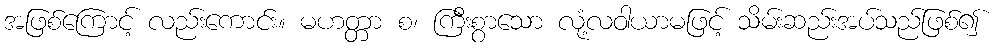
အဖြစ်ကြောင့် လည်းကောင်း။ မဟတ္တာ စ၊ ကြီးစွာသော လုံ့လဝါယာမဖြင့် သိမ်းဆည်းအပ်သည်ဖြစ်၍